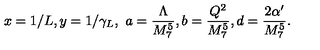
x = 1 / L , y = 1 / \gamma _ { L } , \ a = \frac { \Lambda } { M _ { 7 } ^ { 5 } } , b = \frac { Q ^ { 2 } } { M _ { 7 } ^ { 5 } } , d = \frac { 2 \alpha ^ { \prime } } { M _ { 7 } ^ { 5 } } .